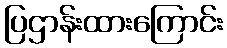
ပြဌာန်းထားကြောင်း